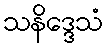
သနိဒ္ဒေသံ